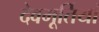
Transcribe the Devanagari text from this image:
देवमूर्तियां